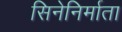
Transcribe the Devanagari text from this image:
सिनेनिर्माता